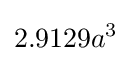
2.9129a^{3}